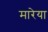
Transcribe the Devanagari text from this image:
मारेया